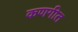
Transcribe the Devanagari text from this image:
कणगीत